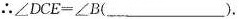
∴$$∠ D C E = ∠ B$$(_____)。